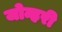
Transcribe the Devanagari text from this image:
जोन्हरी